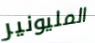
المليونير